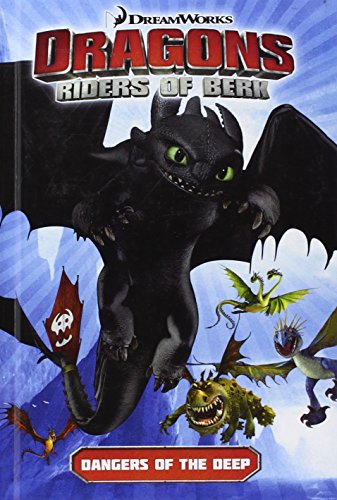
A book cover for Riders Of Berk: Dangers Of The Deep (Turtleback School & Library Binding Edition) (How to Train Your Dragon Graphic Novels); Simon Furman; Comics & Graphic Novels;